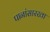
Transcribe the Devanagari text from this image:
पानांसारखा